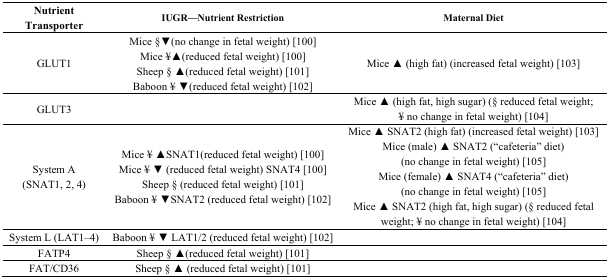
<table><thead><tr><td><b>NutrientTransporter</b></td><td><b>IUGR—Nutrient Restriction</b></td><td><b>Maternal Diet</b></td></tr></thead><tbody><tr><td>GLUT1</td><td>Mice §▼(no change in fetal weight) [100]Mice ¥▲(reduced fetal weight) [100]Sheep § ▲(reduced fetal weight) [101]Baboon ¥ ▼(reduced fetal weight) [102]</td><td>Mice ▲ (high fat) (increased fetal weight) [103]</td></tr><tr><td>GLUT3</td><td></td><td>Mice ▲ (high fat, high sugar) (§ reduced fetal weight;¥ no change in fetal weight) [104]</td></tr><tr><td>System A(SNAT1, 2, 4)</td><td>Mice ¥ ▲SNAT1(reduced fetal weight) [100]Mice ¥ ▼ (reduced fetal weight) SNAT4 [100]Sheep § (reduced fetal weight) [101]Baboon ¥ ▼SNAT2 (reduced fetal weight) [102]</td><td>Mice ▲ SNAT2 (high fat) (increased fetal weight) [103]Mice (male) ▲ SNAT2 (“cafeteria” diet)(no change in fetal weight) [105]Mice (female) ▲ SNAT4 (“cafeteria” diet)(no change in fetal weight) [105]Mice ▲ SNAT2 (high fat, high sugar) (§ reduced fetalweight; ¥ no change in fetal weight) [104]</td></tr><tr><td>System L (LAT1–4)</td><td>Baboon ¥ ▼ LAT1/2 (reduced fetal weight) [102]</td><td></td></tr><tr><td>FATP4</td><td>Sheep § ▲(reduced fetal weight) [101]</td><td></td></tr><tr><td>FAT/CD36</td><td>Sheep § ▲ (reduced fetal weight) [101]</td><td></td></tr></tbody></table>